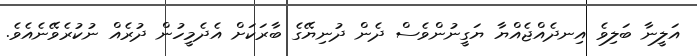
އަލީނާ ބަލިވެ އިނދެއްޖެއްޔާ ޔަގީނުންވެސް ދެން ދުނިޔޭގެ ބާރަކަށް އެދެމީހުން ދުރެއް ނުކުރެވޭނެއެވެ.